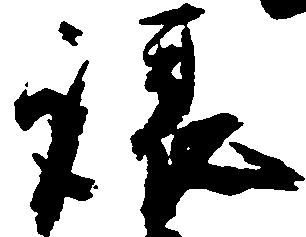
譲